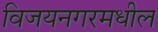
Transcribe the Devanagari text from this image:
विजयनगरमधील